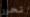
تحرر